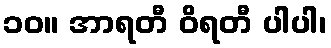
၁၀။ အာရတီ ဝိရတီ ပါပါ၊